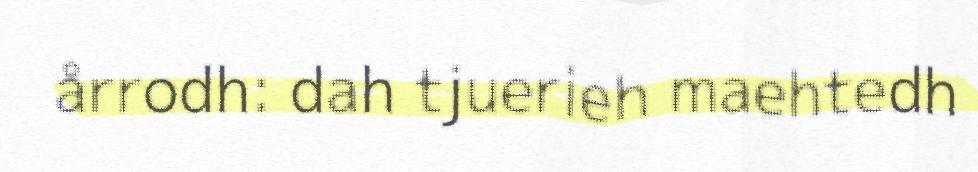
årrodh: dah tjuerieh maehtedh